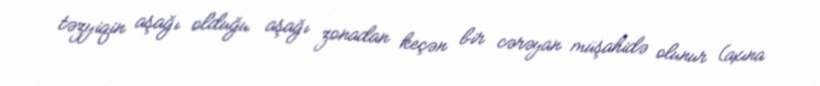
təzyiqin aşağı olduğu aşağı zonadan keçən bir cərəyan müşahidə olunur (axına